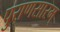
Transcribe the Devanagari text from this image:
पुराणसारम्